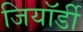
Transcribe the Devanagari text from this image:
जियॉर्डी